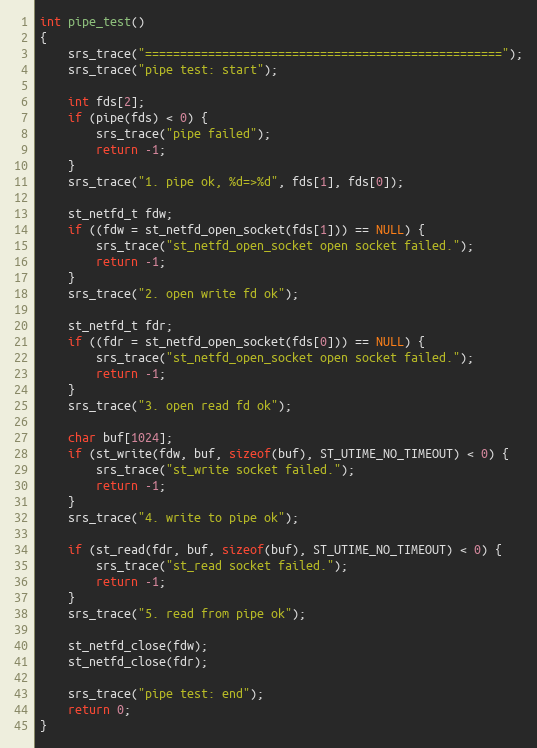
Language: C
int pipe_test()
{
    srs_trace("===================================================");
    srs_trace("pipe test: start");

    int fds[2];
    if (pipe(fds) < 0) {
        srs_trace("pipe failed");
        return -1;
    }
    srs_trace("1. pipe ok, %d=>%d", fds[1], fds[0]);

    st_netfd_t fdw;
    if ((fdw = st_netfd_open_socket(fds[1])) == NULL) {
        srs_trace("st_netfd_open_socket open socket failed.");
        return -1;
    }
    srs_trace("2. open write fd ok");

    st_netfd_t fdr;
    if ((fdr = st_netfd_open_socket(fds[0])) == NULL) {
        srs_trace("st_netfd_open_socket open socket failed.");
        return -1;
    }
    srs_trace("3. open read fd ok");

    char buf[1024];
    if (st_write(fdw, buf, sizeof(buf), ST_UTIME_NO_TIMEOUT) < 0) {
        srs_trace("st_write socket failed.");
        return -1;
    }
    srs_trace("4. write to pipe ok");

    if (st_read(fdr, buf, sizeof(buf), ST_UTIME_NO_TIMEOUT) < 0) {
        srs_trace("st_read socket failed.");
        return -1;
    }
    srs_trace("5. read from pipe ok");

    st_netfd_close(fdw);
    st_netfd_close(fdr);

    srs_trace("pipe test: end");
    return 0;
}